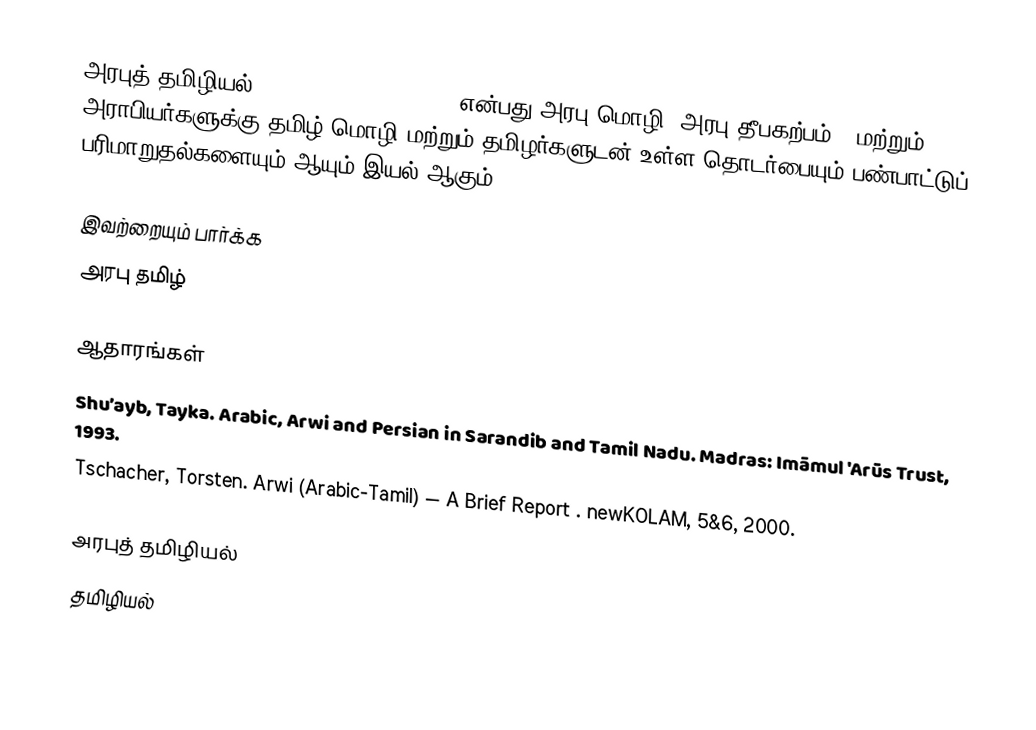
அரபுத் தமிழியல் (Arabic Tamil Studies) என்பது அரபு மொழி, அரபு தீபகற்பம் , மற்றும் அராபியர்களுக்கு தமிழ் மொழி மற்றும் தமிழர்களுடன் உள்ள தொடர்பையும் பண்பாட்டுப் பரிமாறுதல்களையும் ஆயும் இயல் ஆகும்.

இவற்றையும் பார்க்க
 அரபு தமிழ்

ஆதாரங்கள்
 Shu’ayb, Tayka. Arabic, Arwi and Persian in Sarandib and Tamil Nadu. Madras: Imāmul 'Arūs Trust, 1993.
 Tschacher, Torsten. Arwi (Arabic-Tamil) — A Brief Report . newKOLAM, 5&6, 2000.

அரபுத் தமிழியல்
தமிழியல்